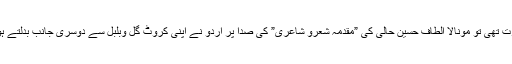
آزادی کے وقت جب عوام میں ایک نئے جوش اور جذبہ کی ضرورت تھی تو مونالا الطاف حسین حالی کی ”مقدمہ شعرو شاعری” کی صدا پر اردو نے اپنی کروٹ گل وبلبل سے دوسری جانب بدلتے ہوئے اپنے دامن میں معاشرے کے دیگر مسائل کو سمونا شروع کیا۔